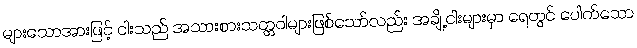
များသောအားဖြင့် ငါးသည် အသားစားသတ္တဝါများဖြစ်သော်လည်း အချို့ငါးများမှာ ရေတွင် ပေါက်သော